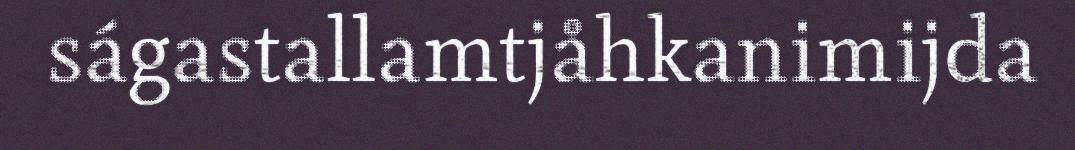
ságastallamtjåhkanimijda